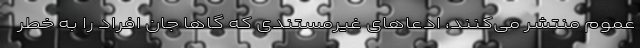
عموم منتشر می‌کنند، ادعاهای غیرمستندی که گاها جان افراد را به خطر